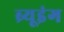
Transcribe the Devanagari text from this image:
ब्र्यूइंग